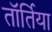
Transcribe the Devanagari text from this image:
तॉर्तिया